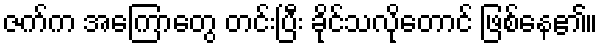
ဇက်က အကြောတွေ တင်းပြီး ခိုင်သလိုတောင် ဖြစ်နေ၏။